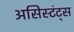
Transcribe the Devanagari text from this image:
असिस्टंट्स